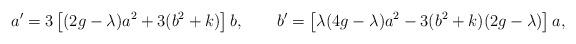
LaTeX: \begin{align*} a' = 3 \left[(2g - \lambda) a^2 + 3 (b^2 + k)\right] b, \qquad b' = \left[\lambda(4g - \lambda) a^2 - 3 (b^2 + k)(2g - \lambda) \right] a,\end{align*}